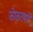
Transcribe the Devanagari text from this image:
ठोठावणे